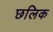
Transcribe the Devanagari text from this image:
छलिक